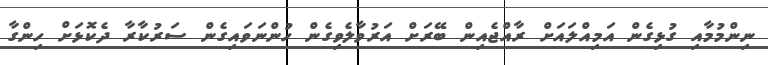
ނިންމުމާއި ގުޅިގެން އަމިއްލައަށް ރާއްޖެއިން ބޭރަށް އަރުވާލެވިގެން ހުންނަވައިގެން ސަރުކާރާ ދެކޮޅަށް ހިންގާ